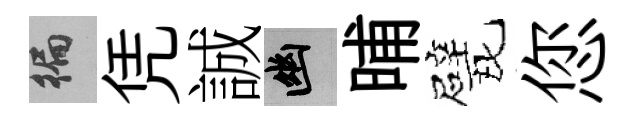
徧凭誠幽晡戏您